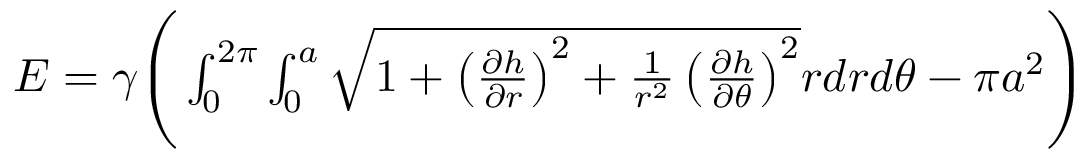
\begin{array} { r } { E = \gamma \Bigg ( \int _ { 0 } ^ { 2 \pi } \int _ { 0 } ^ { a } \sqrt { 1 + \left( \frac { \partial h } { \partial r } \right) ^ { 2 } + \frac { 1 } { r ^ { 2 } } \left( \frac { \partial h } { \partial \theta } \right) ^ { 2 } } r d r d \theta - \pi a ^ { 2 } \Bigg ) } \end{array}